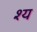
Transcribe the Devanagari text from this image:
श्य